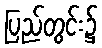
ပြည်တွင်း၌